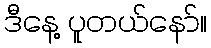
ဒီနေ့ ပူတယ်နော်။